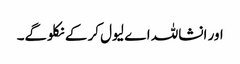
اور انشاللہ اے لیول کر کے نکلوگے۔